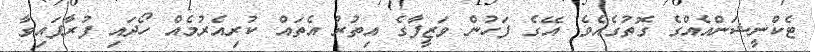
ޓެކްނީޝަންއެއްގެ ގޮތުގެއެވެ. އޭގެ ފަހުން ވަޒީފާގެ އިތުރު އެތައް ކުރިއެރުމެއް ހޯދައި ފުރާފައިވާ